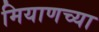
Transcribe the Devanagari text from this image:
मियाणच्या